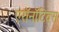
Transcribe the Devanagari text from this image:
एरॉनॉटिक्स